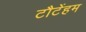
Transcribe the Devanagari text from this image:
टौटेंहम